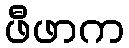
ဖီဖာက